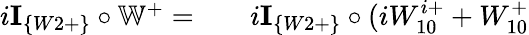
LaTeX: \begin{array}{rlr}{i\textbf{I}_{\{ W2+\} }\circ\mathbb{W}^{+}=}&{{}}&{i\textbf{I}_{\{ W2+\} }\circ(iW_{10}^{i+}+W_{10}^{+}}\end{array}